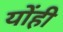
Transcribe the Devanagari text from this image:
योंही